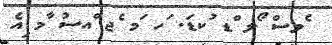
ެވސް ޯލ ްޑ ުކޑަ. ަހ ަމ ެޖ ްއސު ާމ ިއެ